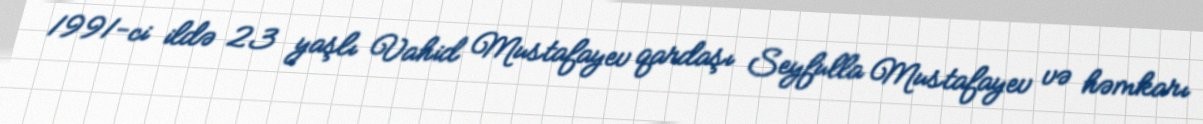
1991-ci ildə 23 yaşlı Vahid Mustafayev qardaşı Seyfulla Mustafayev və həmkarı